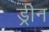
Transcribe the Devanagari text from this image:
ड्रीन